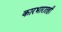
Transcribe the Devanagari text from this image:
कारभारातही